Vaccination in Burma 1889-1999 - 1889-1999
Year: 1889
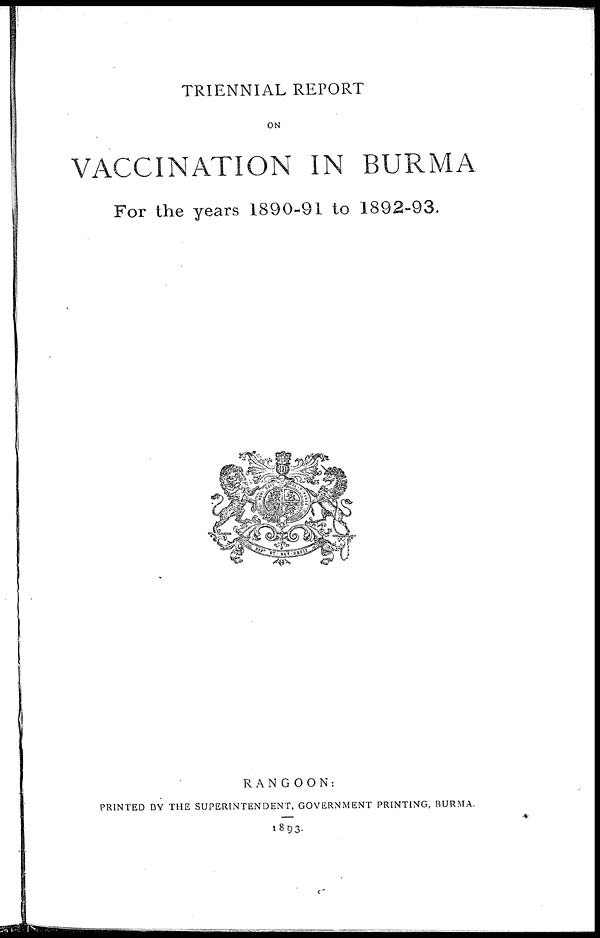
TRIENNIAL REPORT
ON
VACCINATION IN BURMA
For the years 1890-91 to 1892-93.
RANGOON:
PRINTED BY THE SUPERINTENDENT, GOVERNMENT PRINTING, BURMA.
1893.